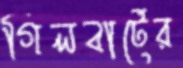
গিলবার্টের